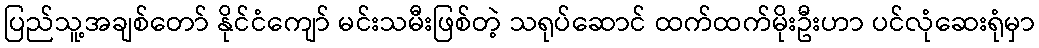
ပြည်သူ့အချစ်တော် နိုင်ငံကျော် မင်းသမီးဖြစ်တဲ့ သရုပ်ဆောင် ထက်ထက်မိုးဦးဟာ ပင်လုံဆေးရုံမှာ